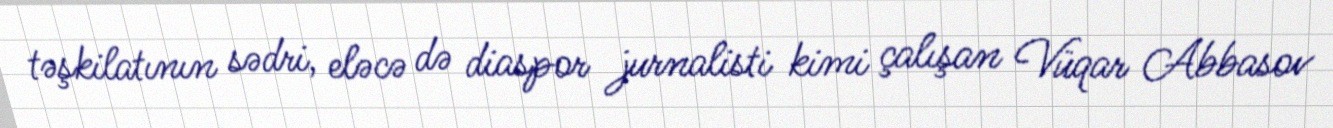
təşkilatının sədri, eləcə də diaspor jurnalisti kimi çalışan Vüqar Abbasov